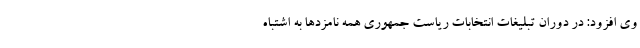
وی افزود: در دوران تبلیغات انتخابات ریاست جمهوری همه نامزدها به اشتباه